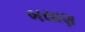
બસાણ